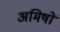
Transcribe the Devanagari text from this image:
अमिषों